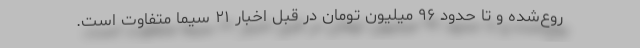
روع‌شده و تا حدود ۹۶ میلیون تومان در قبل اخبار ۲۱ سیما متفاوت است.